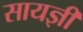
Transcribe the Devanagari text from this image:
सायज्ञी